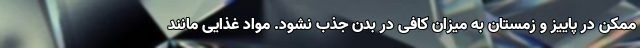
ممکن در پاییز و زمستان به میزان کافی در بدن جذب نشود. مواد غذایی مانند